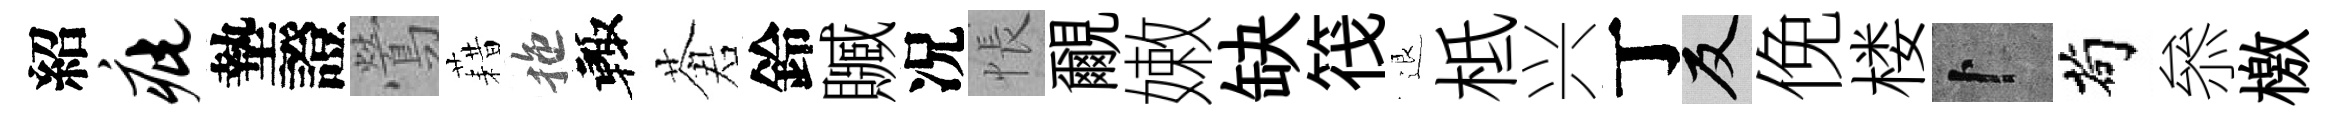
紹疵墊證鶯藉拖輙蒼鈴贓况悵覼嫩缺筏退柢兴丁反俛楼卜茍叅檄